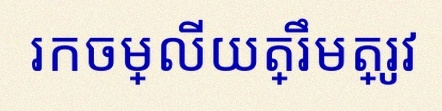
រកចម្លើយត្រឹមត្រូវ